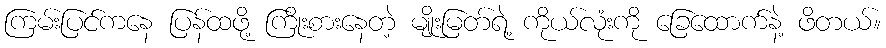
ကြမ်းပြင်ကနေ ပြန်ထဖို့ ကြိုးစားနေတဲ့ မျိုးမြတ်ရဲ့ ကိုယ်လုံးကို ခြေထောက်နဲ့ ဖိတယ်။